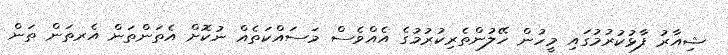
ޝިއާރު ފާޅުކުރުމުގައި މީހުން ހޭލުންތެރިކުރުމުގެ އެއްވެސް މަސައްކަތެއް ނުކޮށް އެތަންތަން އެރތަން ތަން